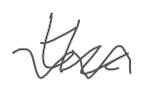
Text: the
Cross-out: wave
Writing tool: digital_gray